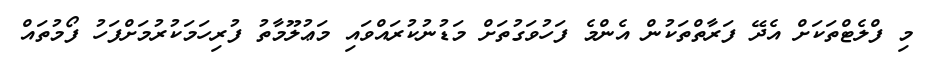
މި ފްލެޓްތަކަށް އެދޭ ފަރާތްތަކުން އެންމެ ފަހުވަގުތަށް މަޑުނުކުރައްވައި މަޢުލޫމާތު ފުރިހަމަކުރުމަށްފަހު ފޯމުތައް